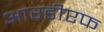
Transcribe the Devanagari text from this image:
आरडीएफ